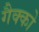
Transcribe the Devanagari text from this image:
गैक्को